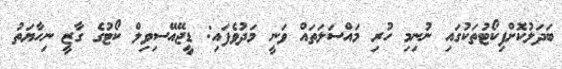
ބަދަލުކޮށްފިކޯޓުތަކުގައި ނުނިމި ހުރި މައްސަލަތައް ވަނީ މަދުވެފައި: ޑީޖޭއޭސިވިލް ކޯޓުގެ ގާޒީ ނިހާޔަތު